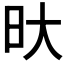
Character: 𭥏